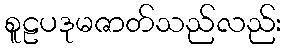
စူဠပဒုမဇာတ်သည်လည်း